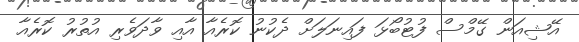
އޭޝިއަން ގޭމްސް ފުޓުބޯޅަ ފައިނަލަށް ދެކުނު ކޮރެއާ އާއި ވާދަވެރި އުތުރު ކޮރެއާ